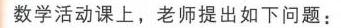
数学活动课上，老师提出如下问题：